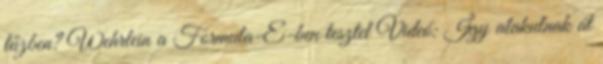
tűzben? Wehrlein a Formula-E-ben tesztel Videó: Így alakulnak át